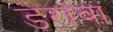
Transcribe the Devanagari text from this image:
डरावा